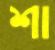
শা